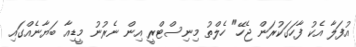
އުފަލާ އެކު ފާހަގަކުރަން ޖެހޭ" ހެލްތު މިނިސްޓްރީ އިން ނެރުނު މީޑިއާ ބަޔާނެއްގައި